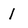
Character: 1